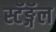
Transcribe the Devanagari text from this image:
स्टॅङ्गॅल